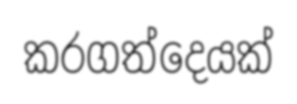
කරගත්දෙයක්